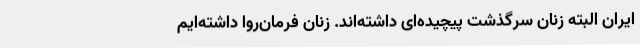
ایران البته زنان سرگذشت پیچیده‌ای داشته‌اند. زنان فرمان‌روا داشته‌ایم